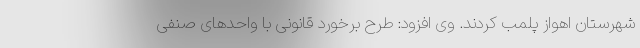
شهرستان اهواز پلمب کردند. وی افزود: طرح برخورد قانونی با واحدهای صنفی